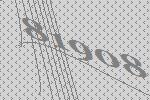
81908